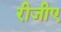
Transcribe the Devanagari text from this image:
रीजीए